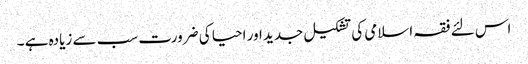
اس لئے فقہ اسلامی کی تشکیل جدید اور احیا کی ضرورت سب سے زیادہ ہے ۔